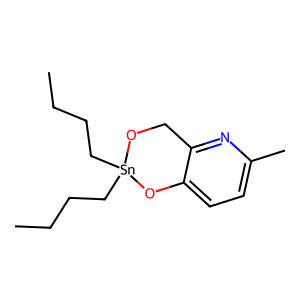
SMILES: CCCC[Sn]1(CCCC)OCc2nc(C)ccc2O1
Inhibits HIV replication: No